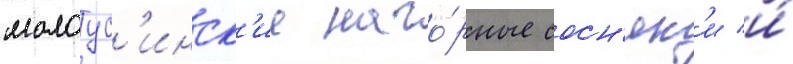
малоус'инск'ие наго́рные сосн'як'и и́